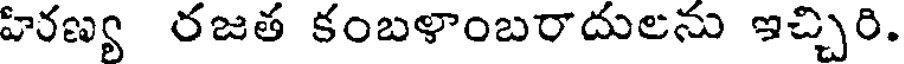
హిరణ్య రజత కంబళాంబరాదులను ఇచ్చిరి.